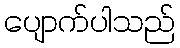
ပျောက်ပါသည်